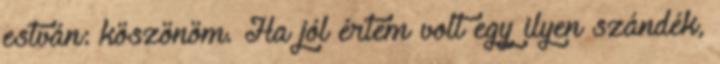
estván: köszönöm. Ha jól értem volt egy ilyen szándék,